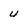
Character: 4